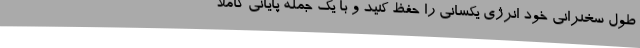
طول سخنرانی خود انرژی یکسانی را حفظ کنید و با یک جمله پایانی کاملاً